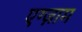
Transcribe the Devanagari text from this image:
एग्ज़ाम